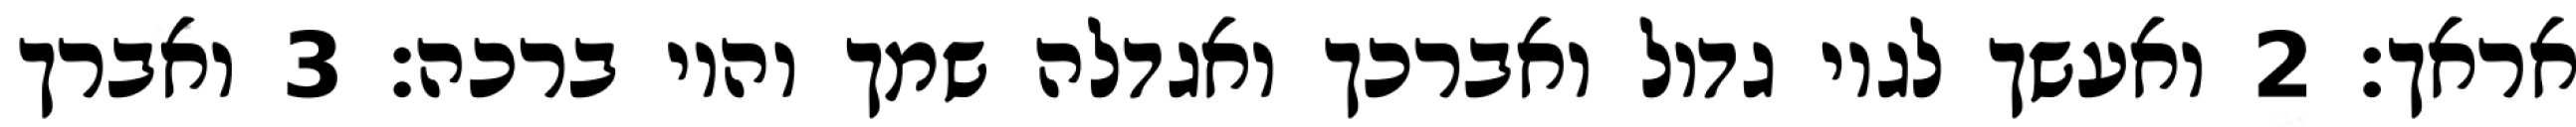
אראך׃ ‎2‏ ואעשך לגוי גדול ואברכך ואגדלה שמך והוי ברכה׃ ‎3‏ ואברך